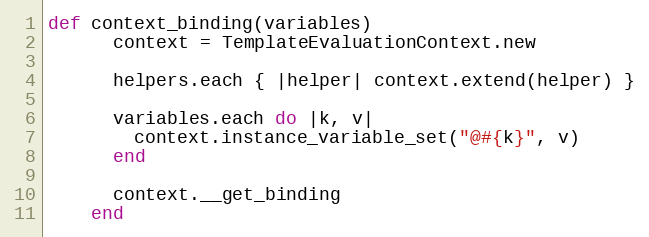
Language: Ruby
def context_binding(variables)
      context = TemplateEvaluationContext.new

      helpers.each { |helper| context.extend(helper) }

      variables.each do |k, v|
        context.instance_variable_set("@#{k}", v)
      end

      context.__get_binding
    end